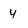
Character: 4